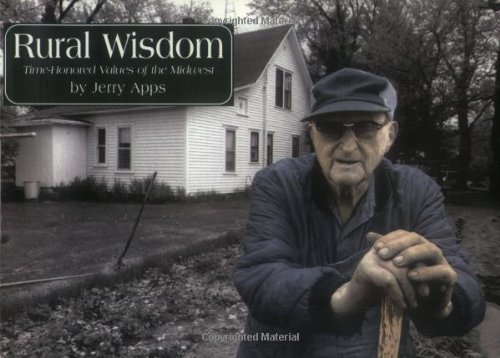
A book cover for Rural Wisdom: Time-Honored Values of the Midwest (Rural Life); Jerold W. Apps; Humor & Entertainment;